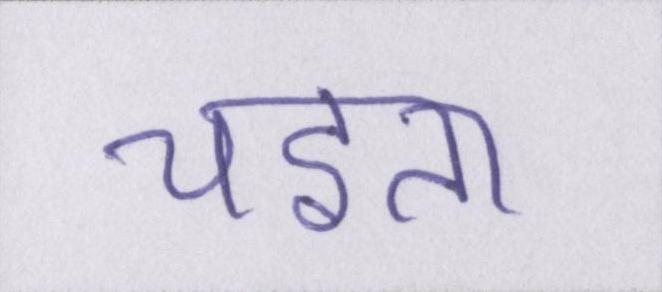
चइता